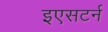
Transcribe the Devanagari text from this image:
इएसटर्न